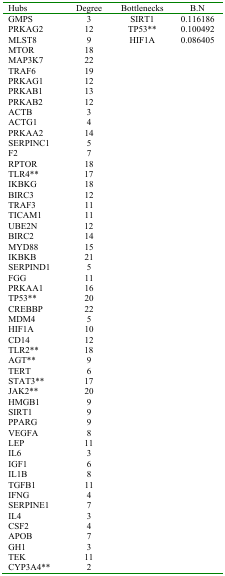
| Hubs | Degree | Bottlenecks | B.N |
 | --- | --- | --- | --- |
 | GMPS | 3 | SIRT1 | 0.116186 |
 | PRKAG2 | 12 | TP53** | 0.100492 |
 | MLST8 | 9 | HIF1A | 0.086405 |
 | MTOR | 18 |  |  |
 | MAP3K7 | 22 |  |  |
 | TRAF6 | 19 |  |  |
 | PRKAG1 | 12 |  |  |
 | PRKAB1 | 13 |  |  |
 | PRKAB2 | 12 |  |  |
 | ACTB | 3 |  |  |
 | ACTG1 | 4 |  |  |
 | PRKAA2 | 14 |  |  |
 | SERPINC1 | 5 |  |  |
 | F2 | 7 |  |  |
 | RPTOR | 18 |  |  |
 | TLR4** | 17 |  |  |
 | IKBKG | 18 |  |  |
 | BIRC3 | 12 |  |  |
 | TRAF3 | 11 |  |  |
 | TICAM1 | 11 |  |  |
 | UBE2N | 12 |  |  |
 | BIRC2 | 14 |  |  |
 | MYD88 | 15 |  |  |
 | IKBKB | 21 |  |  |
 | SERPIND1 | 5 |  |  |
 | FGG | 11 |  |  |
 | PRKAA1 | 16 |  |  |
 | TP53** | 20 |  |  |
 | CREBBP | 22 |  |  |
 | MDM4 | 5 |  |  |
 | HIF1A | 10 |  |  |
 | CD14 | 12 |  |  |
 | TLR2** | 18 |  |  |
 | AGT** | 9 |  |  |
 | TERT | 6 |  |  |
 | STAT3** | 17 |  |  |
 | JAK2** | 20 |  |  |
 | HMGB1 | 9 |  |  |
 | SIRT1 | 9 |  |  |
 | PPARG | 9 |  |  |
 | VEGFA | 8 |  |  |
 | LEP | 11 |  |  |
 | IL6 | 3 |  |  |
 | IGF1 | 6 |  |  |
 | IL1B | 8 |  |  |
 | TGFB1 | 11 |  |  |
 | IFNG | 4 |  |  |
 | SERPINE1 | 7 |  |  |
 | IL4 | 3 |  |  |
 | CSF2 | 4 |  |  |
 | APOB | 7 |  |  |
 | GH1 | 3 |  |  |
 | TEK | 11 |  |  |
 | CYP3A4** | 2 |  |  |